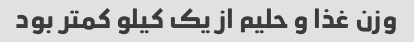
وزن غذا و حلیم از یک کیلو کمتر بود